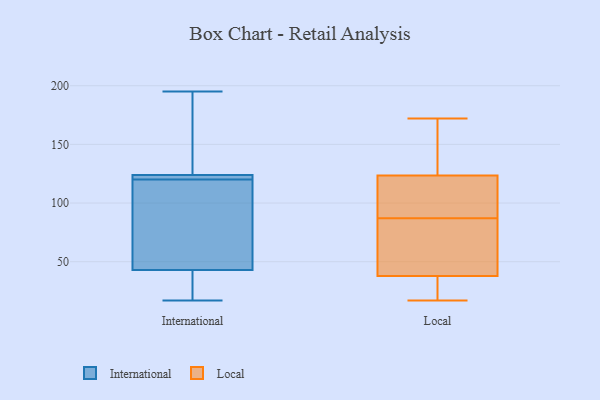
{"axis": {"x": "Satisfaction Score", "y": "Value"}, "legend": ["International", "Local"], "data": [{"x": "", "y": 43, "type": "International"}, {"x": "", "y": 41, "type": "International"}, {"x": "", "y": 120, "type": "International"}, {"x": "", "y": 145, "type": "International"}, {"x": "", "y": 195, "type": "International"}, {"x": "", "y": 122, "type": "International"}, {"x": "", "y": 124, "type": "International"}, {"x": "", "y": 17, "type": "International"}, {"x": "", "y": 118, "type": "International"}, {"x": "", "y": 120, "type": "International"}, {"x": "", "y": 109, "type": "Local"}, {"x": "", "y": 60, "type": "Local"}, {"x": "", "y": 62, "type": "Local"}, {"x": "", "y": 17, "type": "Local"}, {"x": "", "y": 125, "type": "Local"}, {"x": "", "y": 87, "type": "Local"}, {"x": "", "y": 123, "type": "Local"}, {"x": "", "y": 120, "type": "Local"}, {"x": "", "y": 18, "type": "Local"}, {"x": "", "y": 106, "type": "Local"}, {"x": "", "y": 172, "type": "Local"}, {"x": "", "y": 40, "type": "Local"}, {"x": "", "y": 166, "type": "Local"}, {"x": "", "y": 31, "type": "Local"}, {"x": "", "y": 20, "type": "Local"}, {"x": "", "y": 142, "type": "Local"}, {"x": "", "y": 67, "type": "Local"}]}